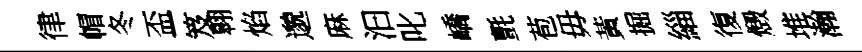
律帽冬盃笈翱焰邈麻汩叱嶠氈苞毋黃掘緇復燬堆瀚